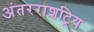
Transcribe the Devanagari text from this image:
अंतरराशट्रिय